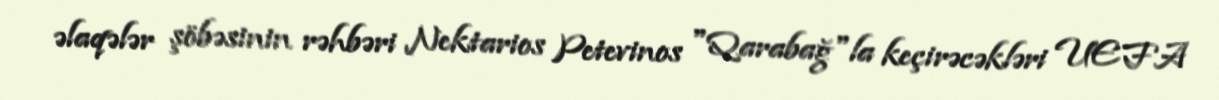
əlaqələr şöbəsinin rəhbəri Nektarios Petevinos "Qarabağ"la keçirəcəkləri UEFA